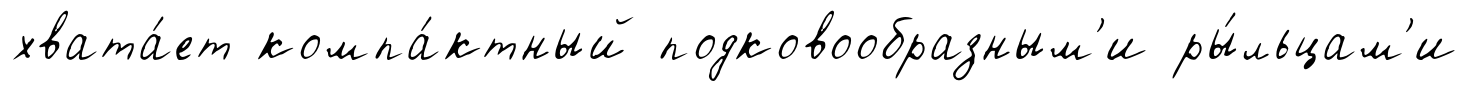
хвата́ет компа́ктный подковообразным'и ры́льцам'и